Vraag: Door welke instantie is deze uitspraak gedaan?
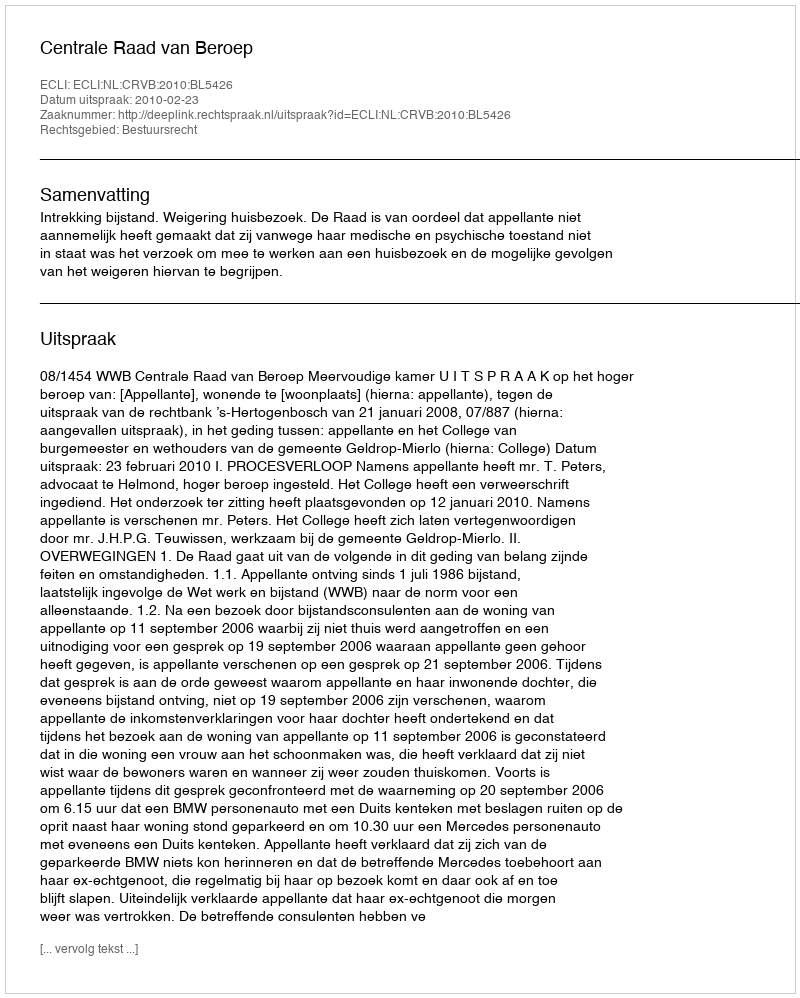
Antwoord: Centrale Raad van Beroep